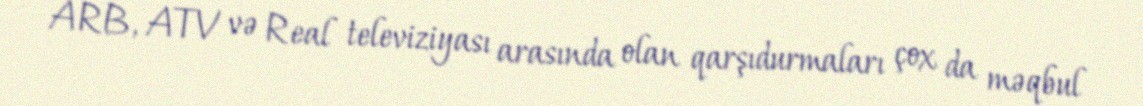
ARB, ATV və Real televiziyası arasında olan qarşıdurmaları çox da məqbul